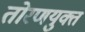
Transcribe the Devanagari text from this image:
तोरणयुक्त